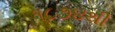
૧૮૭૪થી